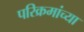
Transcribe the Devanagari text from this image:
परिक्रमांच्या